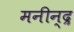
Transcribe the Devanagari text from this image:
मनीन्द्र